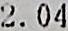
2.04